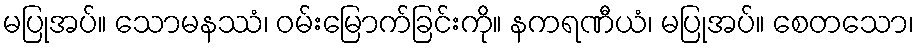
မပြုအပ်။ သောမနဿံ၊ ဝမ်းမြောက်ခြင်းကို။ နကရဏီယံ၊ မပြုအပ်။ စေတသော၊